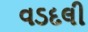
વડદલી